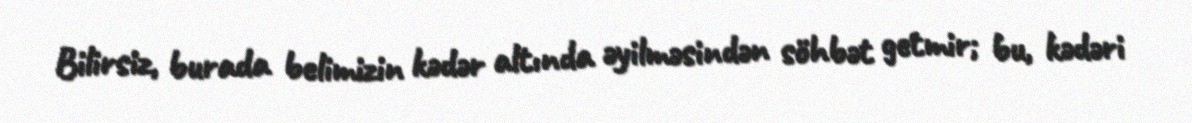
Bilirsiz, burada belimizin kədər altında əyilməsindən söhbət getmir; bu, kədəri